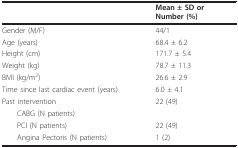
<table><thead><tr><td></td><td><b>Mean ± SD orNumber (%)</b></td></tr></thead><tbody><tr><td>Gender (M/F)</td><td>44/1</td></tr><tr><td>Age (years)</td><td>68.4 ± 6.2</td></tr><tr><td>Height (cm)</td><td>171.7 ± 5.4</td></tr><tr><td>Weight (kg)</td><td>78.7 ± 11.3</td></tr><tr><td>BMI (kg/m<sup>2</sup>)</td><td>26.6 ± 2.9</td></tr><tr><td>Time since last cardiac event (years)</td><td>6.0 ± 4.1</td></tr><tr><td>Past intervention</td><td>22 (49)</td></tr><tr><td> CABG (N patients)</td><td></td></tr><tr><td> PCI (N patients)</td><td>22 (49)</td></tr><tr><td> Angina Pectoris (N patients)</td><td>1 (2)</td></tr></tbody></table>